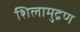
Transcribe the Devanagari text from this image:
शिलामुद्रण